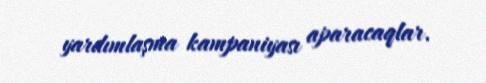
yardımlaşma kampaniyası aparacaqlar.